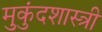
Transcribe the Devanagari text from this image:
मुुकुंदशास्त्री